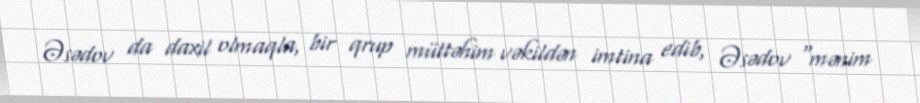
Əsədov da daxil olmaqla, bir qrup müttəhim vəkildən imtina edib, Əsədov “mənim